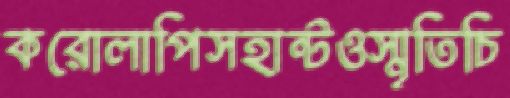
করোলাপিসহান্টওস্মৃতিচি